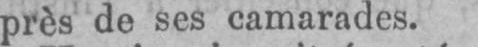
près de ses camarades.